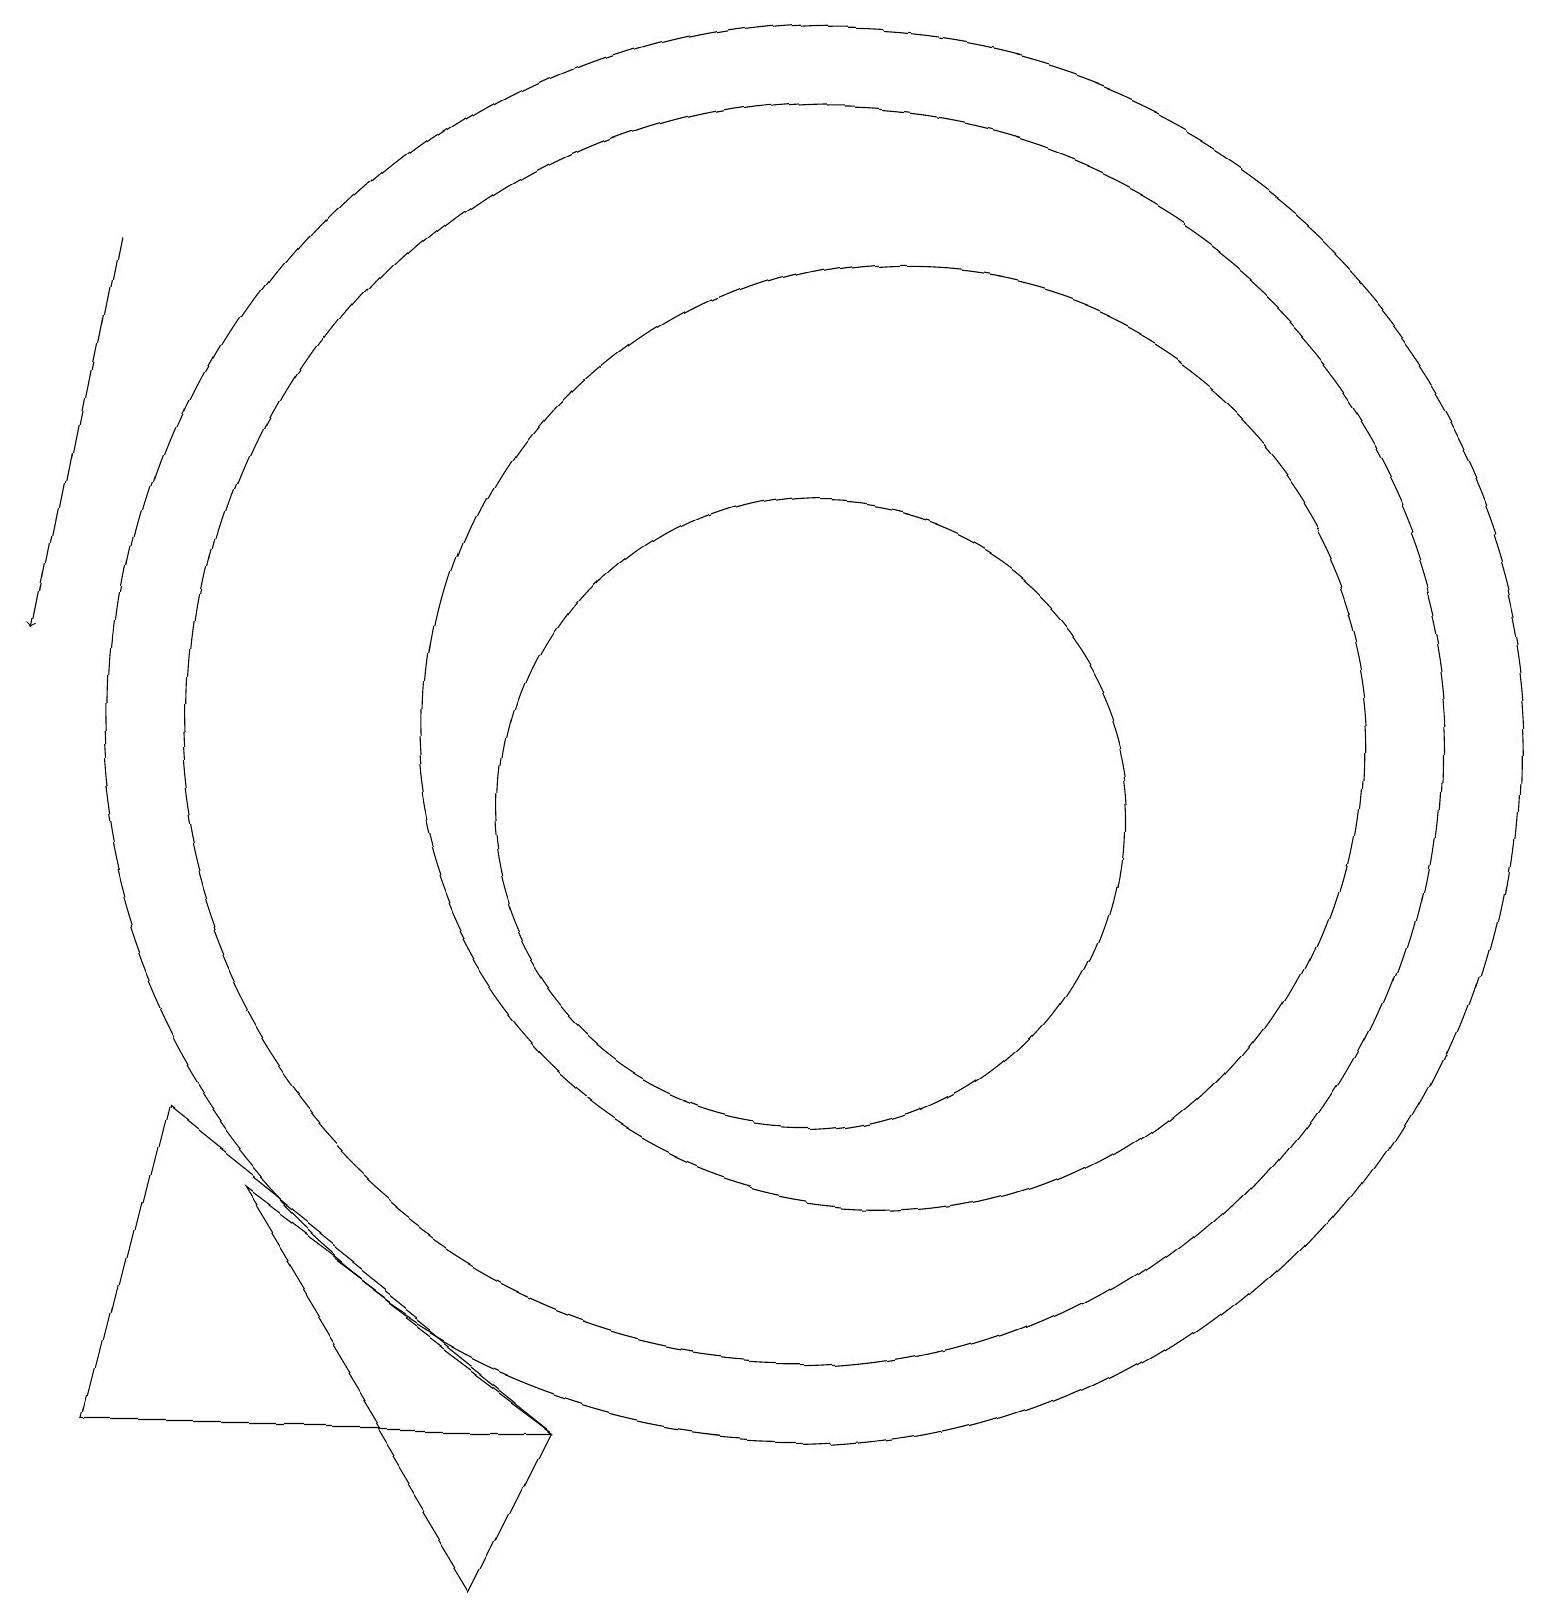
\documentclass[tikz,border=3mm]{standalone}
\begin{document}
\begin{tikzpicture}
\draw (11,11) circle (9);
\draw (12,11) circle (6);
\draw (11,11) circle (8);
\draw (8,2) -- (2,2) -- (3,6) -- cycle;
\draw[->] (2,17) -- (1,12);
\draw (11,10) circle (4);
\draw (4,5) -- (7,0) -- (8,2) -- cycle;
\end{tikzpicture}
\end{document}